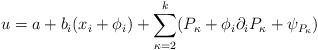
\begin{align*}u=a+b_i (x_i+\phi_i)+\sum_{\kappa=2}^k (P_\kappa+\phi_i \partial_iP_\kappa+\psi_{P_\kappa})\end{align*}